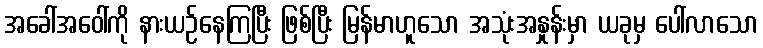
အခေါ်အဝေါ်ကို နားယဉ်နေကြပြီး ဖြစ်ပြီး မြန်မာဟူသော အသုံးအနှုန်းမှာ ယခုမှ ပေါ်လာသော